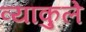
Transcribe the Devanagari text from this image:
व्याकुले